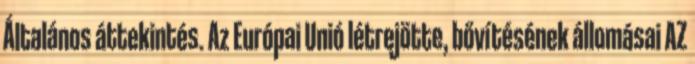
Általános áttekintés. Az Európai Unió létrejötte, bővítésének állomásai AZ